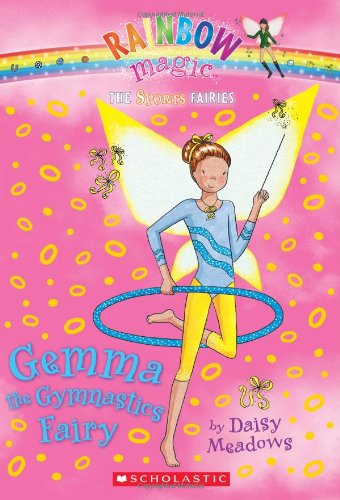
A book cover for Gemma the Gymnastics Fairy (Rainbow Magic: Sports Fairies #7); Daisy Meadows; Sports & Outdoors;